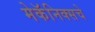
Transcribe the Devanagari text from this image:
मेकॅनिक्सचे